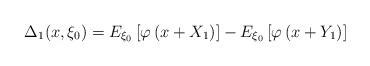
LaTeX: \begin{align*}\Delta_{1}(x,\xi_0)=E_{\xi_0}\left[\varphi\left(x+X_{1}\right)\right]-E_{\xi_{0}}\left[\varphi\left(x+Y_{1}\right)\right]\end{align*}